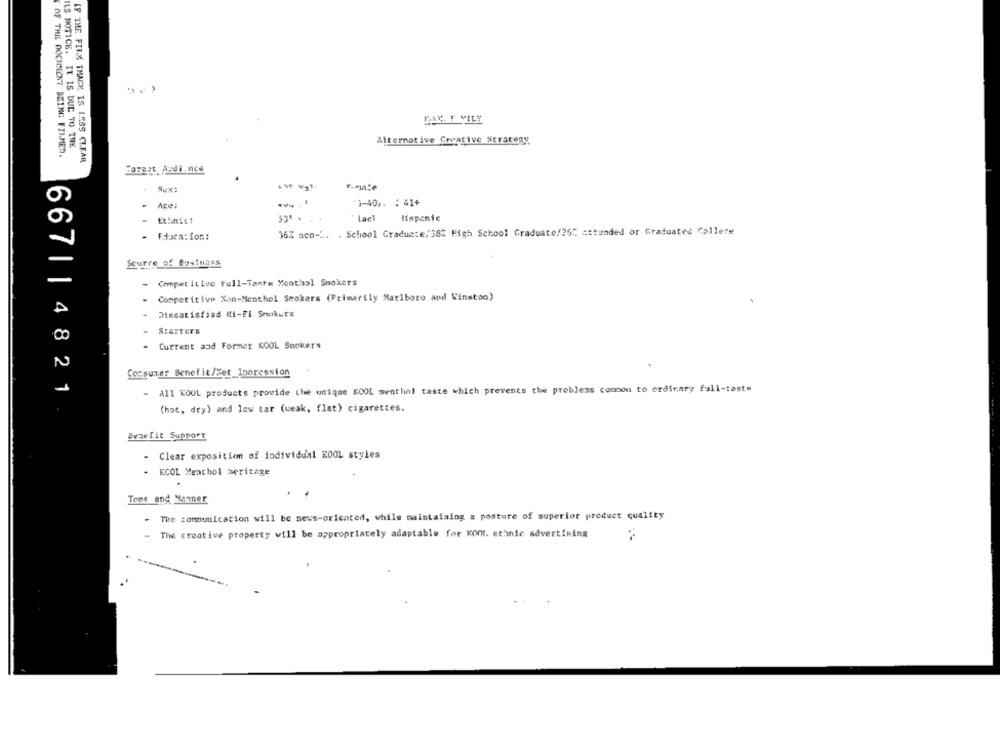
PAM. F VILY
ILS NOTICE. IT IS DUE TO THE
Alternative Creative Strategy
OF THE DOCIGENT BEING FILMED.
IF THE FILM THAGE IS LESS CLEAR
Forgot jedince
1-40 ,. : 41+
- Age:
53. .
* fast
Hispanic
36% acn -... . School Graduate,'382 High School Graduate/25℃ attunded or Graduated Callere
- Fdxca:ion:
Source of Business
- Competitive Full-Tante Menthol Smokers
- Competitive Xon-Menthol Smokers (Primarily Marlboro and Kinston)
Dissatisfied Hi-Fi Snokurs
Starters
CO
- Current and Former KOOL Smokers
N
Consumer Benefit/Set_Impression
667||4821
- All KOOL products provide the unique KOOL menthol taste which prevents the problems common to ordinary full-taste
(hot, dry) and low tar (weak, flat) cigarettes.
Besefit Support
- Clear exposition of individual KOOL styles
- KCOL Menthol heritage
.
Tone and Manner
- The communication will be news-oriented, while maintaining a posture of superior product quality
- The creative property will be appropriately adaptable for Kon. ethnic advertising